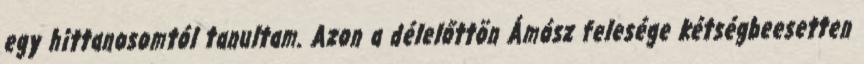
egy hittanosomtól tanultam. Azon a délelőttön Ámósz felesége kétségbeesetten